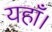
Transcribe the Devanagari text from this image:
यहाँ।